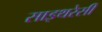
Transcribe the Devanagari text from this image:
साइथरेसी